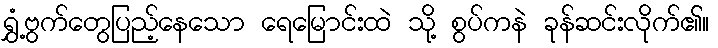
ရွှံ့ဗွက်တွေပြည့်နေသော ရေမြောင်းထဲ သို့ စွပ်ကနဲ ခုန်ဆင်းလိုက်၏။